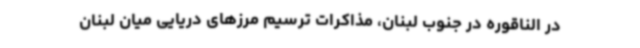
در الناقوره در جنوب لبنان، مذاکرات ترسیم مرزهای دریایی میان لبنان